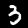
Digit: 3